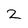
Character: 2